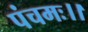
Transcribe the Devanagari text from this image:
पंचमः।।